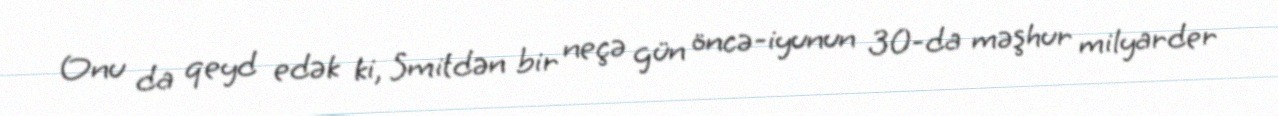
Onu da qeyd edək ki, Smitdən bir neçə gün öncə-iyunun 30-da məşhur milyarder